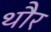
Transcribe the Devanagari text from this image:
थौर